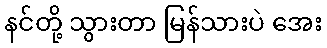
နင်တို့ သွားတာ မြန်သားပဲ အေး